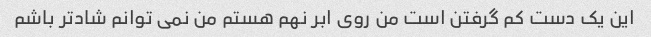
این یک دست کم گرفتن است من روی ابر نهم هستم من نمی توانم شادتر باشم